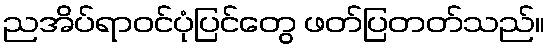
ညအိပ်ရာဝင်ပုံပြင်တွေ ဖတ်ပြတတ်သည်။